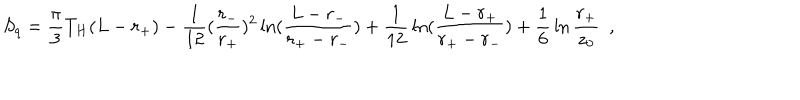
LaTeX: S _ { q } = { \frac { \pi } { 3 } } T _ { H } ( L - r _ { + } ) - { \frac { 1 } { 1 2 } } ( { \frac { r _ { - } } { r _ { + } } } ) ^ { 2 } \ln ( { \frac { L - r _ { - } } { r _ { + } - r _ { - } } } ) + { \frac { 1 } { 1 2 } } \ln ( { \frac { L - r _ { + } } { r _ { + } - r _ { - } } } ) + { \frac { 1 } { 6 } } \ln { \frac { r _ { + } } { z _ { 0 } } } ~ ~ ,